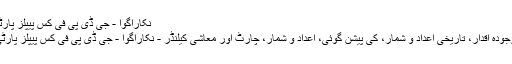
نکاراگوا - جی ڈی پی فی کس پیپلز پارٹی
موجودہ اقدار، تاریخی اعداد و شمار، کی پیشن گوئی، اعداد و شمار، چارٹ اور معاشی کیلنڈر - نکاراگوا - جی ڈی پی فی کس پیپلز پارٹی.